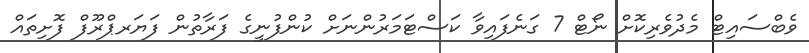
ވެބްސައިޓް މެދުވެރިކޮށް ނޯޓް 7 ގަނެފައިވާ ކަސްޓަމަރުންނަށް ކުންފުނީގެ ފަރާތުން ފަޔަރޕްރޫފް ފޮށިތައް